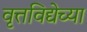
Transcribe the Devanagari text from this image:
वृत्तविद्येच्या